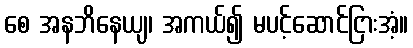
စေ အနဘိနေယျ၊ အကယ်၍ မပင့်ဆောင်ငြားအံ့။